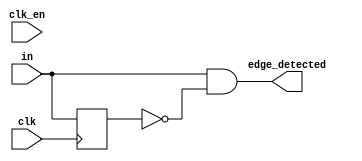
/*******************************************************************************
#   +html+<pre>
#
#   FILENAME: edge_detector.sv
#   AUTHOR: Greg Taylor     CREATION DATE: 1 April 2009
#
#   DESCRIPTION: 
#       Detect edge on i_in. Create single pulse on o_edge_detected upon edge
#       detection. i_in must be synchronous to i_sys_clk (this is not an
#       asynchronous edge detector!). Use 1 clock delay for glitch free output
#       (output registered).
#
#   CHANGE HISTORY:
#   1 April 2009        Greg Taylor
#       Initial version
#   14 Sept 2009        Greg Taylor
#       Added clock delay configuration parameter
#
#   Copyright (C) 2014 Greg Taylor <gtaylor@sonic.net>
#    
#   This file is part of OPL3 FPGA.
#    
#   OPL3 FPGA is free software: you can redistribute it and/or modify
#   it under the terms of the GNU Lesser General Public License as published by
#   the Free Software Foundation, either version 3 of the License, or
#   (at your option) any later version.
#   
#   OPL3 FPGA is distributed in the hope that it will be useful,
#   but WITHOUT ANY WARRANTY; without even the implied warranty of
#   MERCHANTABILITY or FITNESS FOR A PARTICULAR PURPOSE.  See the
#   GNU Lesser General Public License for more details.
#   
#   You should have received a copy of the GNU Lesser General Public License
#   along with OPL3 FPGA.  If not, see <http://www.gnu.org/licenses/>.
#   
#   Original Java Code: 
#   Copyright (C) 2008 Robson Cozendey <robson@cozendey.com>
#   
#   Original C++ Code: 
#   Copyright (C) 2012  Steffen Ohrendorf <steffen.ohrendorf@gmx.de>
#   
#   Some code based on forum posts in: 
#   http://forums.submarine.org.uk/phpBB/viewforum.php?f=9,
#   Copyright (C) 2010-2013 by carbon14 and opl3    
#   
#******************************************************************************/

/******************************************************************************
#
# Converted from systemVerilog to Verilog and reduced to the OPL2 subset
# Copyright (C) 2018 Magnus Karlsson <magnus@saanlima.com>
#
*******************************************************************************/

`timescale 1ns / 1ps

module edge_detector #(
    parameter EDGE_LEVEL = 1, // 1 = positive edge, 0 = negative edge
    parameter CLK_DLY = 0, // 0 = no clock delay, 1 = 1 clock delay
    parameter INITIAL_INPUT_LEVEL = 0
) (
    input wire clk,
    input wire clk_en,
    input wire in, 
    output reg edge_detected
);
    reg in_r0 = INITIAL_INPUT_LEVEL;
    reg in_r1 = INITIAL_INPUT_LEVEL;
    
    always @(posedge clk)
    	if (!CLK_DLY)
            in_r0 <= in;
        else if (clk_en) begin
            in_r0 <= in;
            in_r1 <= in_r0;
        end
    
    always @ *
        if (EDGE_LEVEL)
            if (!CLK_DLY)
                edge_detected = in && !in_r0;
            else
                edge_detected = in_r0 && !in_r1;
        else
            if (!CLK_DLY)
                edge_detected = !in && in_r0;
            else 
                edge_detected = !in_r0 && in_r1;        
endmodule